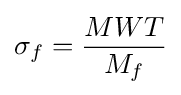
\sigma _{f}={\frac {MWT}{M_{f}}}